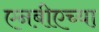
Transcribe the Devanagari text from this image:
एनबीएच्या